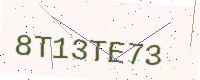
Text: 8T13TE73